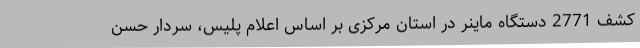
کشف 2771 دستگاه ماینر در استان مرکزی بر اساس اعلام پلیس، سردار حسن